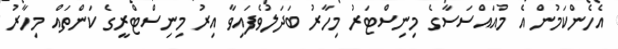
އެހެންކަމުން އެ މުއައްސަސާގެ މިނިސްޓަރު މިހާރު ބަދަލުވެފައިވާ އިރު މިނިސްޓްރީގެ ކަންތައް މިހާރު